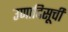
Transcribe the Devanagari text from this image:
उणादिसूची